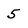
Character: 5